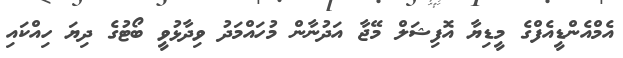
އެމްއެންޑީއެފްގެ މީޑިޔާ އޮފިޝަލް މޭޖާ އަދުނާން މުހައްމަދު ވިދާޅުވީ ބޯޓުގެ ދިޔަ ހިއްކައި